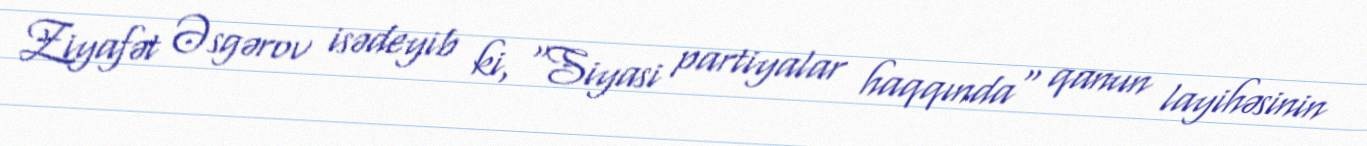
Ziyafət Əsgərov isədeyib ki, "Siyasi partiyalar haqqında" qanun layihəsinin